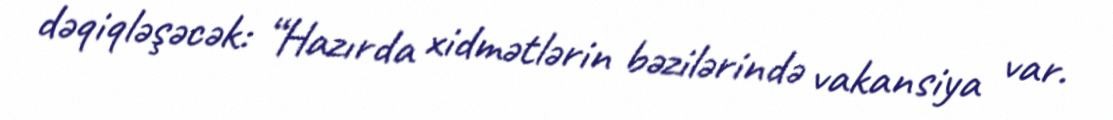
dəqiqləşəcək: “Hazırda xidmətlərin bəzilərində vakansiya var.